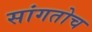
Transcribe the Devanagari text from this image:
सांगतोच